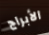
الأبراج